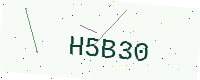
Text: H5B30